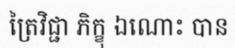
ត្រៃវិជ្ជា ភិក្ខុ ឯណោះ បាន